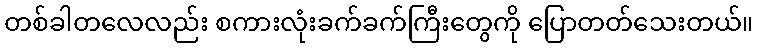
တစ်ခါတလေလည်း စကားလုံးခက်ခက်ကြီးတွေကို ပြောတတ်သေးတယ်။